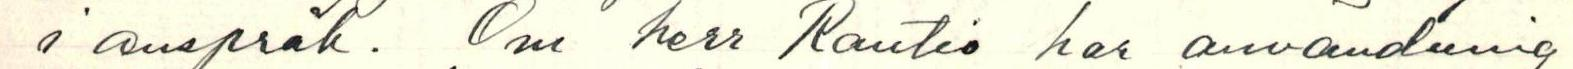
i anspråk. Om herr Rautio har användning